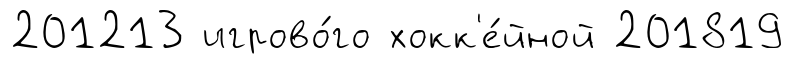
201213 игрово́го хокк'е́йной 201819